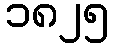
၁၈၂၅